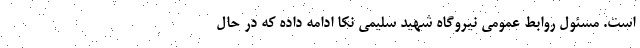
است. مسئول روابط عمومی نیروگاه شهید سلیمی نکا ادامه داده که در حال